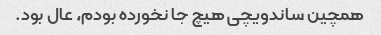
همچین ساندویچی هیچ جا نخورده بودم، عال بود.